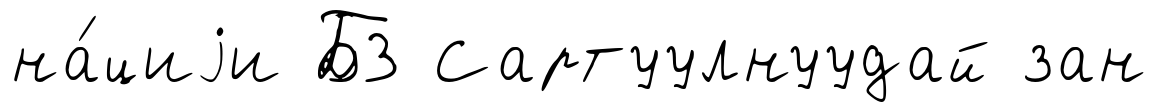
на́циjи БЗ Сартуулнуудай зан